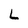
Character: L